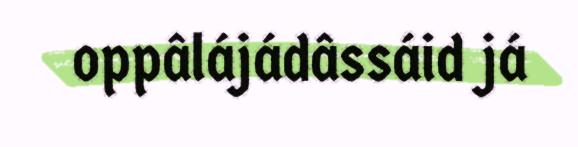
oppâlájádâssáid já